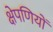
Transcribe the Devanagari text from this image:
क्षेपणियों